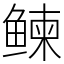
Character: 𬶠